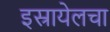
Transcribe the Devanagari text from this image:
इस्रायेलचा